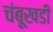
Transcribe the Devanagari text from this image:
चंबूखडी